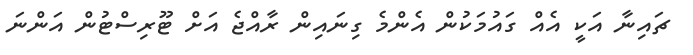
ޗައިނާ އަކީ އެއް ގައުމަކުން އެންމެ ގިނައިން ރާއްޖެ އަށް ޓޫރިސްޓުން އަންނަ